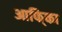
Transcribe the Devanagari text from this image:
आफि्का